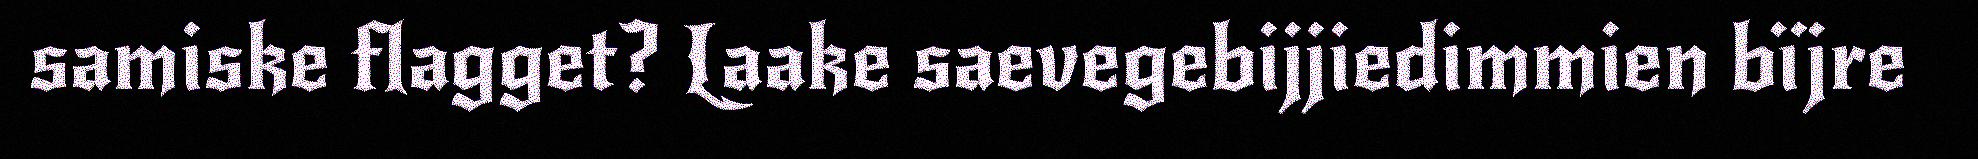
samiske flagget? Laake saevegebijjiedimmien bïjre